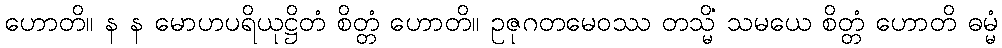
ဟောတိ။ န န မောဟပရိယုဋ္ဌိတံ စိတ္တံ ဟောတိ။ ဥဇုဂတမေဝဿ တသ္မိံ သမယေ စိတ္တံ ဟောတိ ဓမ္မံ